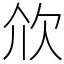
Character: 㰡